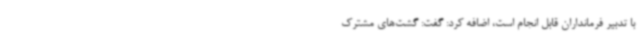
با تدبیر فرمانداران قابل انجام است، اضافه کرد: گفت: گشت‌های مشترک